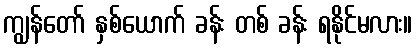
ကျွန်တော် နှစ်ယောက် ခန်း တစ် ခန်း ရနိုင်မလား။